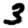
Digit: 3